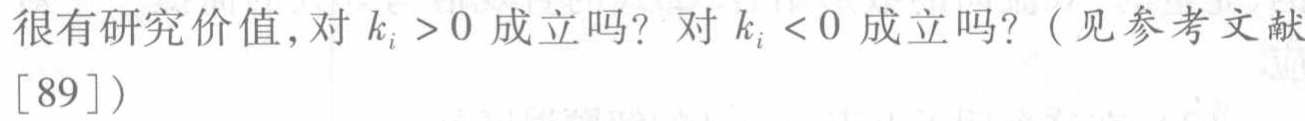
很有研究价值,对 \(k_{i} > 0\) 成立吗？对 \(k_{i} < 0\) 成立吗？（见参考文献[89]）